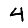
Digit: 4